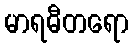
မာရဓီတရော